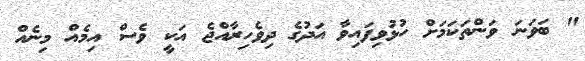
" ބަވަނަ ވަންތަކަމަށް ހުޅުވިފައިވާ އަދުގެ ދިވެހިރާއްޖެ އަކީ ވެސް އިމެއް މިނެއް